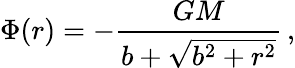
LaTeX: \Phi(r)=-\frac{GM}{b+\sqrt{b^{2}+r^{2}}}\, ,